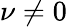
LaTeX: \nu\ne 0